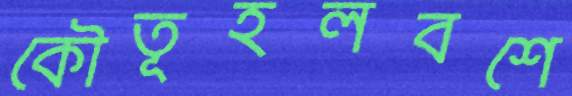
কৌতূহলবশে